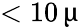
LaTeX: <10\, \upmu